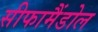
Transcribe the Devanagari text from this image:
सीफामैंडोल